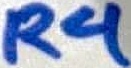
Text: R4